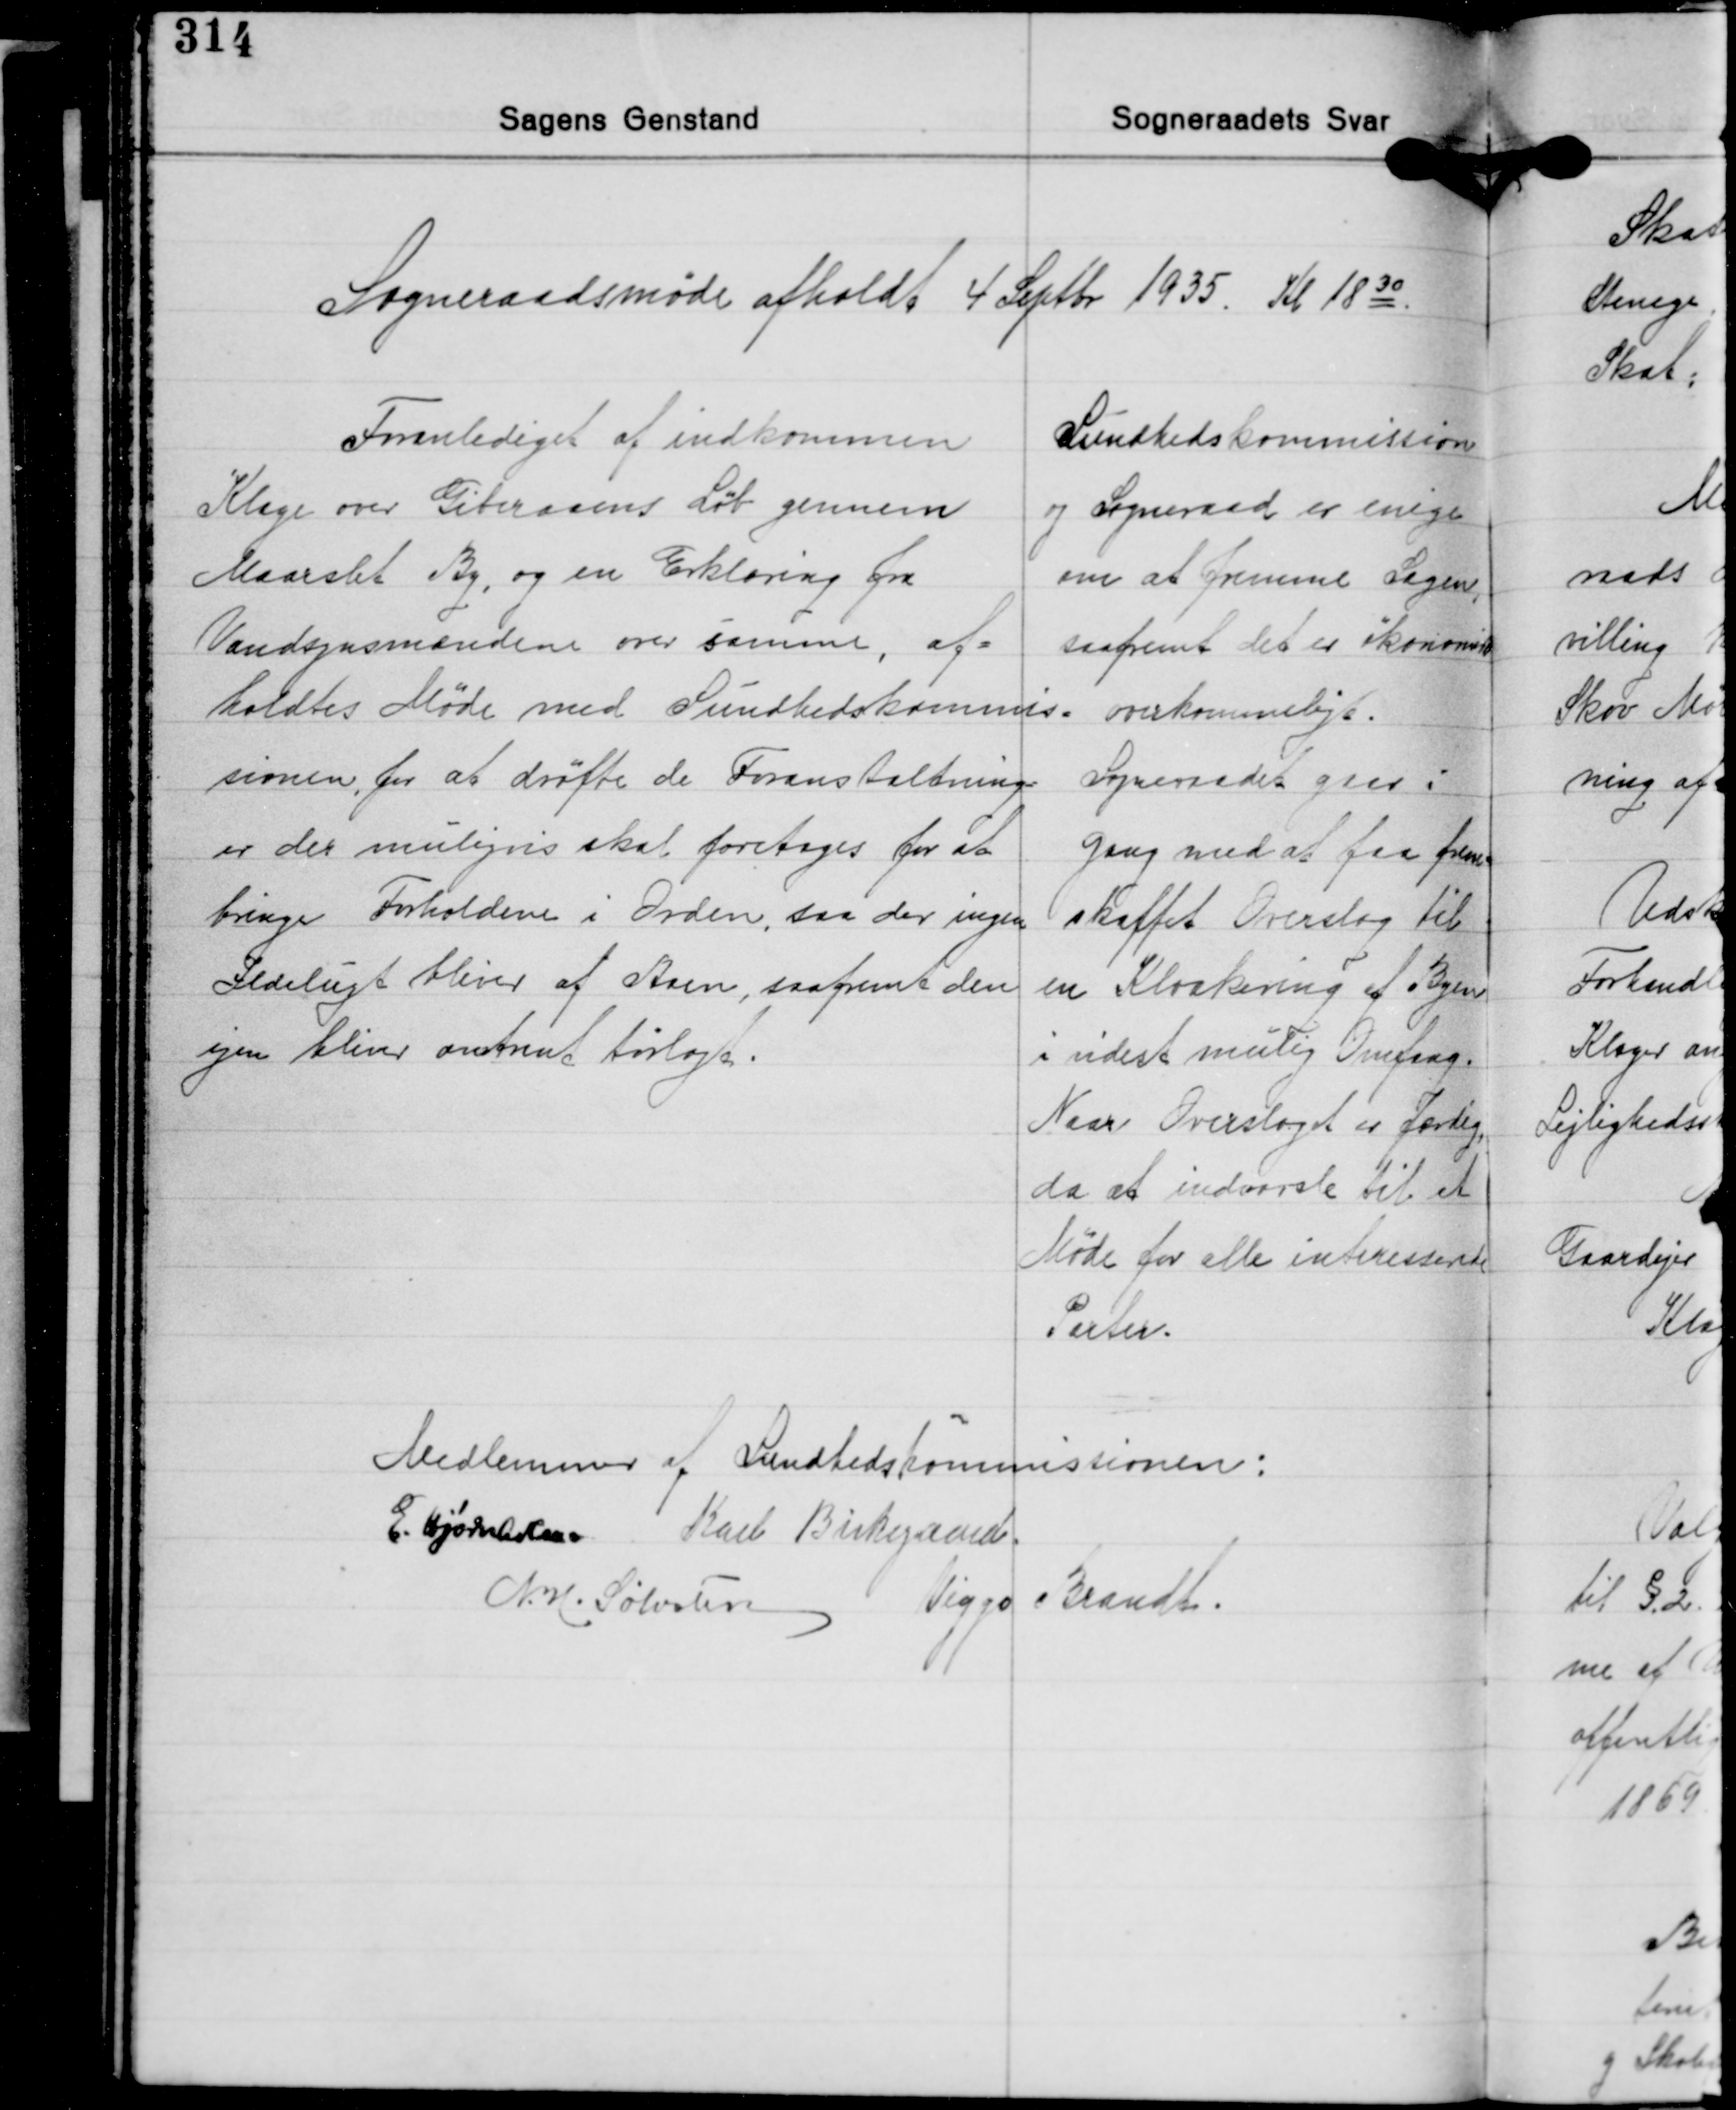
Transskription:
Sogneraadsmøde afholdt 4 Septbr. 1935 Kl. 1830

Foranlediget af indkommen
Klage over Giberaaens Løb gennem
Maarslet By, og en Erklæring fra
Vandsynsmændene over samme, af-
holdtes Møde med Sundbedskommis-
sionen for at drøfte de Foranstaltning-
er der muligvis skal foretages for at
bringe Forholdene i Orden, saa der ingen
Ildelugt bliver af Aaen, saafremt den
igen bliver omtrent tørlagt.

Sundhedskommission
og Sogneraad er enige
om at fremme Sagen,
saafremt det er økonomisk
overkommeligt.
Sogneraadet gaar i
Gang med at faa frem-
skaffet Overslag til
en Kloakering af Byen
i videst mulig Omfang.
Naar Overslaget er færdig,
da at indvarsle til et
Møde for alle interessende
Parter.

Medlemmer af Sundhedskommissionen:
E. Hjørnholm Karl Birkegaard
Viggo Brandt
N. H. Sølvsten